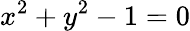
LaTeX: x^{2}+y^{2}-1=0